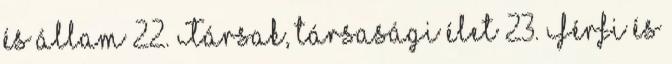
és állam 22. Társak, társasági élet 23. Férfi és